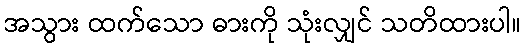
အသွား ထက်သော ဓားကို သုံးလျှင် သတိထားပါ။